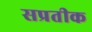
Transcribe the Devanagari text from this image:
सप्रतीक